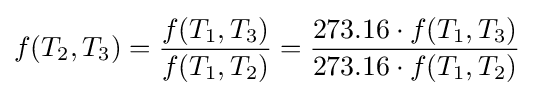
f(T_{2},T_{3})={\frac {f(T_{1},T_{3})}{f(T_{1},T_{2})}}={\frac {273.16\cdot f(T_{1},T_{3})}{273.16\cdot f(T_{1},T_{2})}}